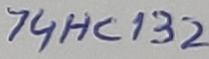
Text: 74HC132